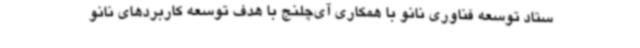
ستاد توسعه فناوری نانو با همکاری آی‌چلنج با هدف توسعه کاربردهای نانو